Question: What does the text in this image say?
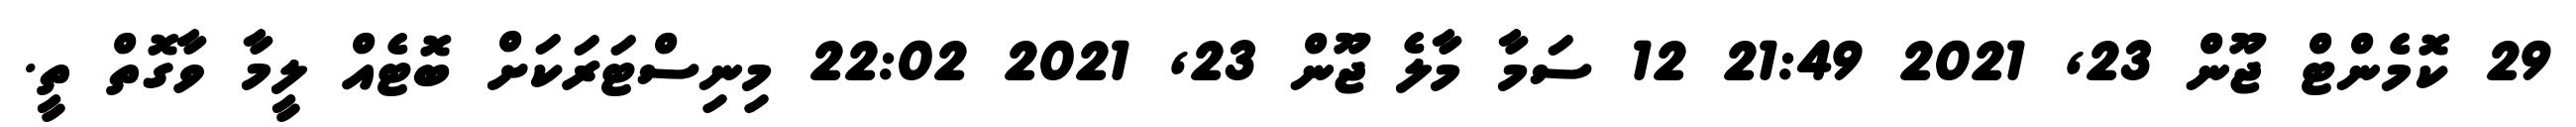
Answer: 29 ކޮމެންޓް ޖޫން 23, 2021 21:49 12 ސަމާ މާލެ ޖޫން 23, 2021 22:02 މިނިސްޓަރަކަށް ބޮޓެއް ލީމާ ވާގޮތް ތީ.